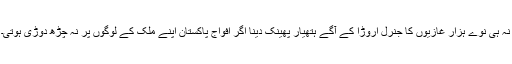
نہ ہی نوے ہزار غازیوں کا جنرل اروڑا کے آگے ہتھیار پھینک دینا اگر افواج پاکستان اپنے ملک کے لوگوں پر نہ چڑھ دوڑی ہوتی۔